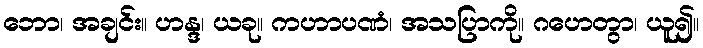
ဘော၊ အချင်း။ ဟန္ဒ၊ ယခု။ ကဟာပဏံ၊ အသပြာကို။ ဂဟေတွာ၊ ယူ၍။